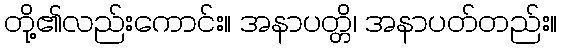
တို့၏လည်းကောင်း။ အနာပတ္တိ၊ အနာပတ်တည်း။